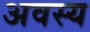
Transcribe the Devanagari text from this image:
अवस्य